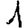
Digit: 1